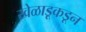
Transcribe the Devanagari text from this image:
खेळाडूकडून